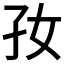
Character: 𡥃